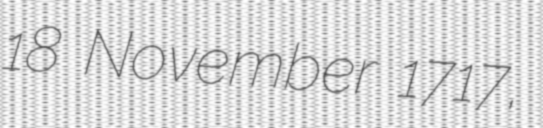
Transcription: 18 November 1717,